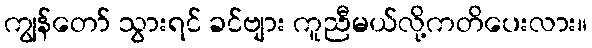
ကျွန်တော် သွားရင် ခင်ဗျား ကူညီမယ်လို့ကတိပေးလား။